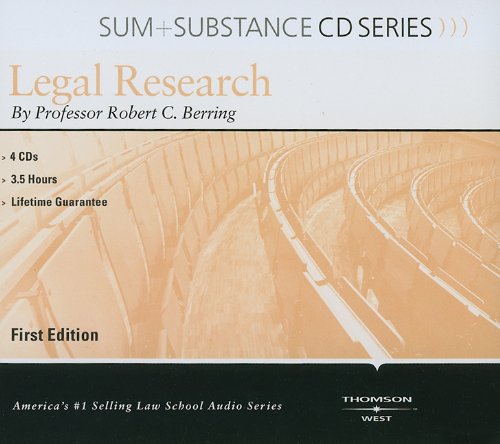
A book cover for Legal Research (Sum + Substance CD Series) (Outstanding Professor Series); Robert Berring; Law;